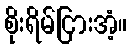
စိုးရိမ်ငြားအံ့။